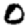
Digit: 0